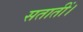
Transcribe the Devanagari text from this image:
सतातीं।